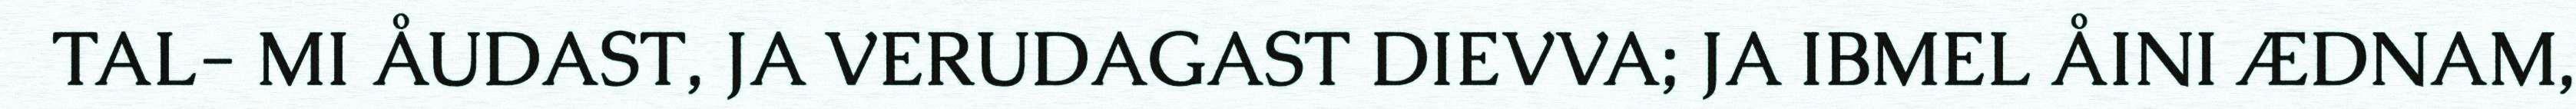
TAL- MI ÅUDAST, JA VERUDAGAST DIEVVA; JA IBMEL ÅINI ÆDNAM,